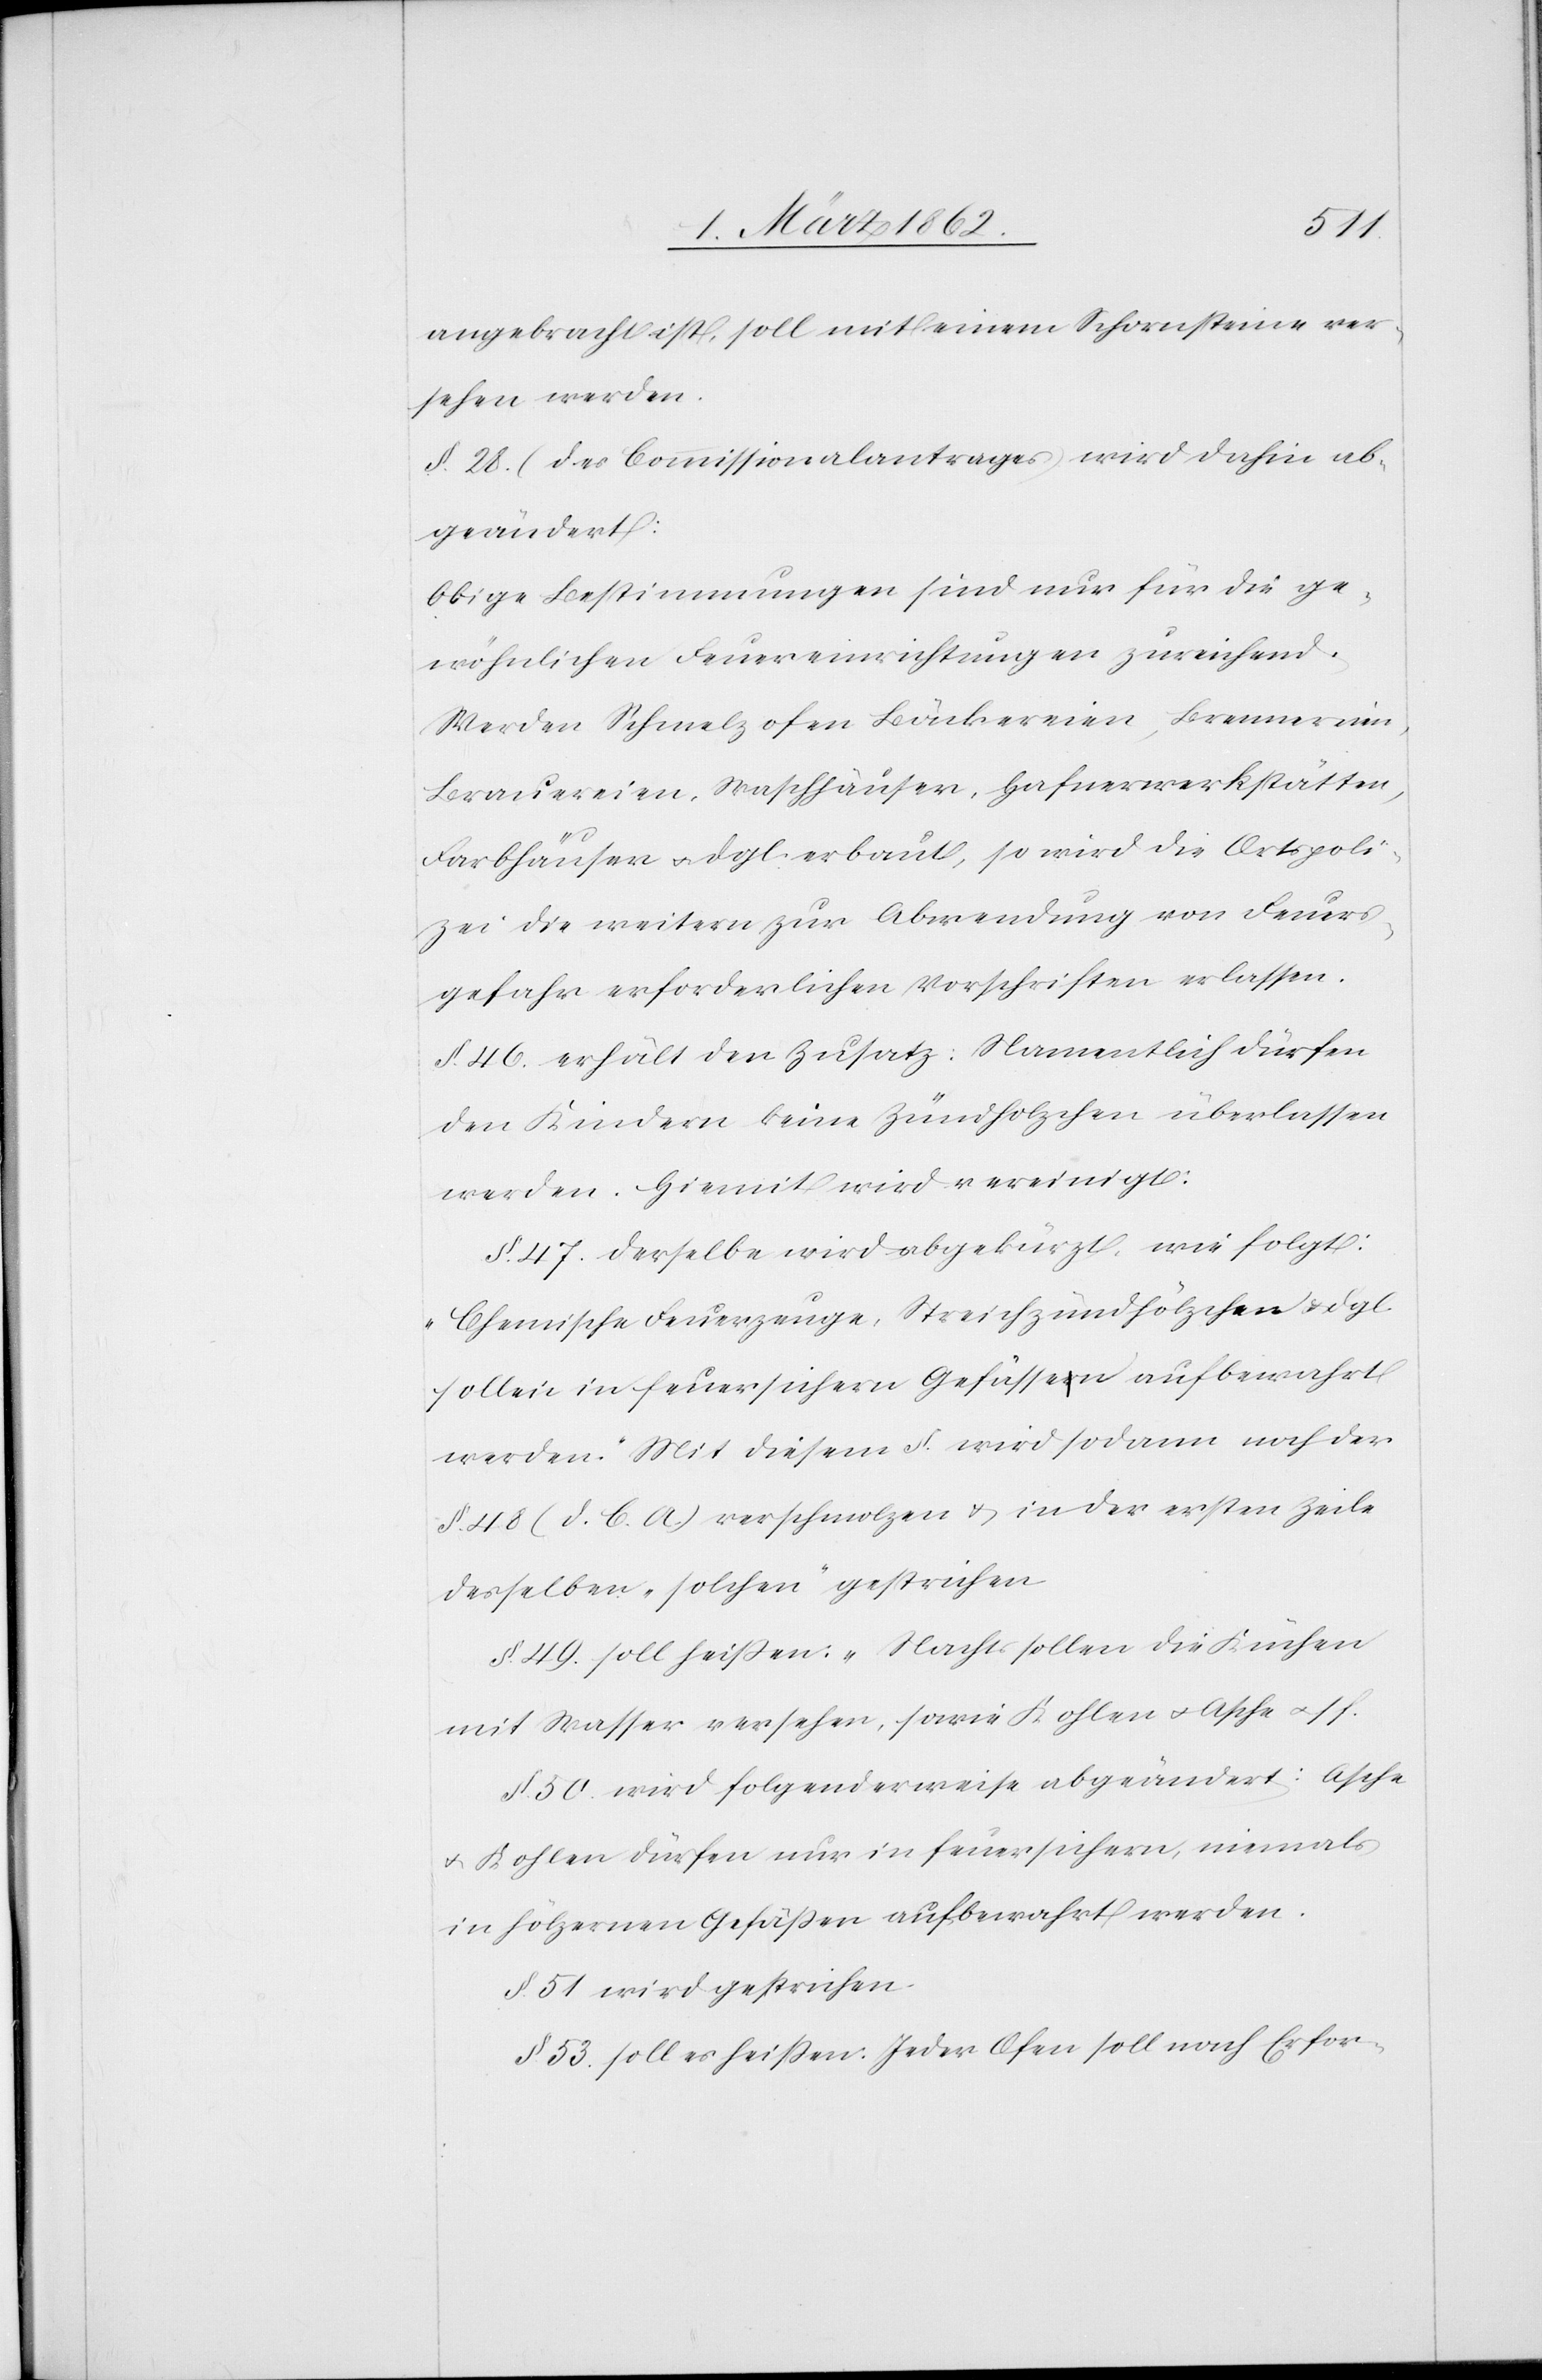
angebracht ist, soll mit einem Schornsteine ver¬
sehen werden.
§. 28. (des Commissionalantrages) wird dahin ab¬
geändert:
Obige Bestimmungen sind nur für die ge¬
wöhnlichen Feuereinrichtungen zureichend.
Werden Schmelzofen[,] Bäckereien, Brennereien,
Brauereien, Waschhäuser, Hafnerwerkstätten,
Farbhäuser u. dgl. erbaut, so wird die Ortspoli¬
zei die weitern zur Abwendung von Feuers¬
gefahr erforderlichen Vorschriften erlassen.
§. 46. erhält den Zusatz: Namentlich dürfen
den Kindern keine Zündholzchen [sic!] überlassen
werden. Hiemit wird vereinigt:
§. 47. Derselbe wird abgekürzt, wie folgt:
„Chemische Feuerzeuge, Streichzündhölzchen & dgl.
sollen in feuersichern Gefässen aufbewahrt
werden.“ Mit diesem §. wird sodann noch der
§. 48 (d. C. A.) verschmolzen & in der ersten Zeile
desselben „solchen“ gestrichen
§. 49. soll heißen: „Nachts sollen die Küchen
mit Wasser versehen, sowie Kohlen u. Asche“ u. s. f.
§. 50 wird folgenderweise abgeändert: Asche
u. Kohlen dürfen nur in feuersichern, niemals
in hölzernen Gefäßen aufbewahrt werden.
§. 51 wird gestrichen.
§ 53. soll es heißen: Jeder Ofen soll nach Erfor-